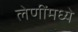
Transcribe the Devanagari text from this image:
लेणींमध्ये